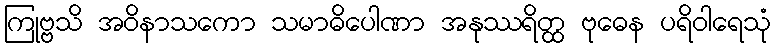
ကြုဗ္ဗသိ အဝိနာသကော သမာဓိပေါဏာ အနုဿရိတ္ထ ဗုဓေန ပရိဝါရေသုံ